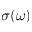
\sigma ( \omega )